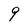
Character: 9